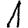
Digit: 1